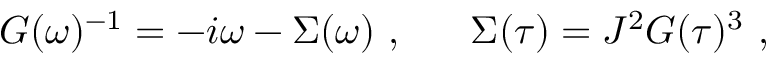
G ( \omega ) ^ { - 1 } = - i \omega - \Sigma ( \omega ) ~ , \ \ \ \ \ \Sigma ( \tau ) = J ^ { 2 } G ( \tau ) ^ { 3 } ~ ,